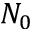
N _ { 0 }